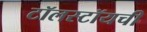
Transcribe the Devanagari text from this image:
टॉलस्टॉयची